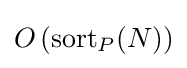
O\left({\textrm {sort}}_{P}(N)\right)